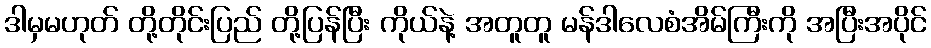
ဒါမှမဟုတ် တို့တိုင်းပြည် တို့ပြန်ပြီး ကိုယ်နဲ့ အတူတူ မန်ဒါလေစံအိမ်ကြီးကို အပြီးအပိုင်